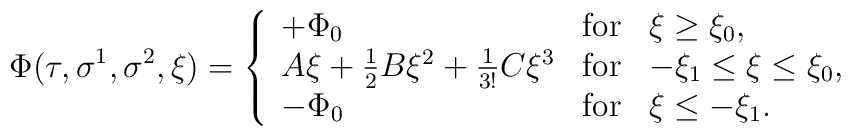
\Phi(\tau,\sigma^1,\sigma^2,\xi) = \left\{ \begin{array}{lcl} +\Phi_0  &\mbox{for} & \xi \geq \xi_{0}, \\ A \xi + \frac{1}{2} B \xi^2 + \frac{1}{3!} C \xi^3  &\mbox{for}  & -\xi_{1}\leq \xi  \leq \xi_{0},  \\  -\Phi_0 &\mbox{for}  & \xi \leq -\xi_{1}.     \end{array}  \right.